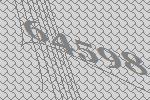
64598